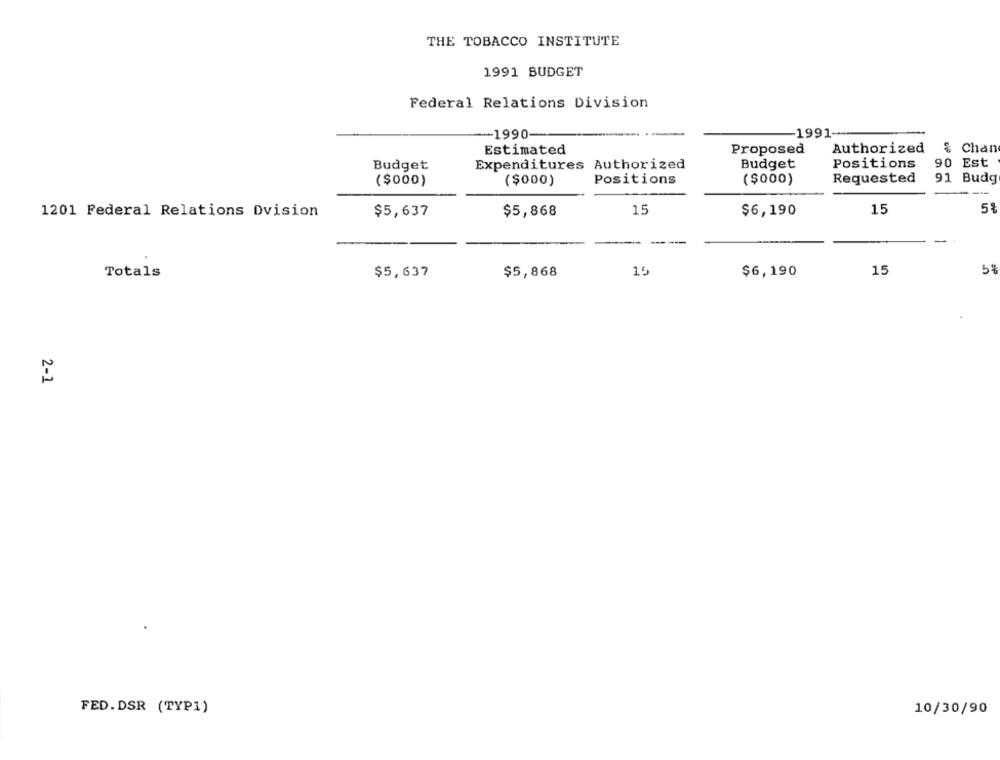
THE TOBACCO INSTITUTE
1991 BUDGET
Federal Relations Division
-1990-
1991-
Estimated
Proposed
Authorized
& Chan
Budget
Expenditures Authorized
Budget
Positions
90 Est
($000)
($000)
Positions
($000)
Requested
91 Budg
1201 Federal Relations Dvision
$5,637
$5,868
15
$6,190
15
5%
--
Totals
$5,637
$5,868
15
$6,190
15
2-1
FED.DSR (TYP1)
10/30/90